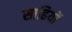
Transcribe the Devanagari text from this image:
साहियों